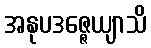
အနုပဒဇ္ဇေယျာသိ